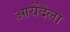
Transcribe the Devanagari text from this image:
आयेंदेला